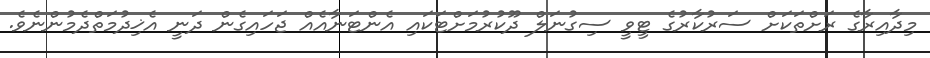
މިދާއިރާގެ ރަށްތަކަށް ސަރުކާރުގެ ޓީވީ ސިގުނަލް ދޫކުރުމަށްޓަކައި އެންޓަނާއެއް ޖަހައިގެން ދަނީ އެޚިދުމަތްދެމުންނެވެ.